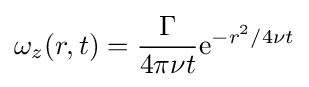
\omega _{z}(r,t)={\frac {\Gamma }{4\pi \nu t}}\mathrm {e} ^{-r^{2}/4\nu t}